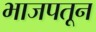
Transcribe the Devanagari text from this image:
भाजपतून